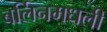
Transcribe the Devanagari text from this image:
बर्लिनमधली